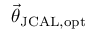
\vec { \theta } _ { \mathrm { J C A L , o p t } }